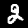
Digit: 2